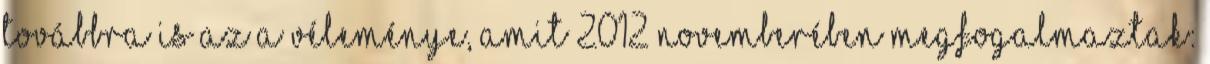
továbbra is az a véleménye, amit 2012 novemberében megfogalmaztak: